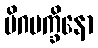
မိဂပက္ခိနော